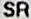
SR